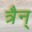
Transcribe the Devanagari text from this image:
त्रैन्